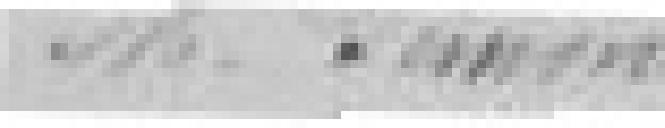
monsieur Simon.